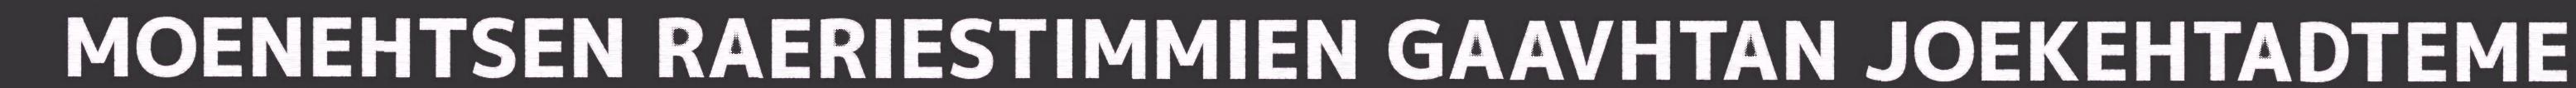
MOENEHTSEN RAERIESTIMMIEN GAAVHTAN JOEKEHTADTEME